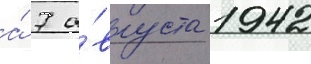
а́ 7 а́вгуста 1942